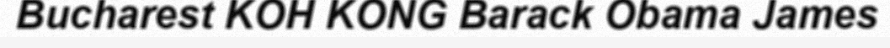
Bucharest KOH KONG Barack Obama James